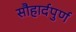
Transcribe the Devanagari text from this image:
सौहार्दपुर्ण